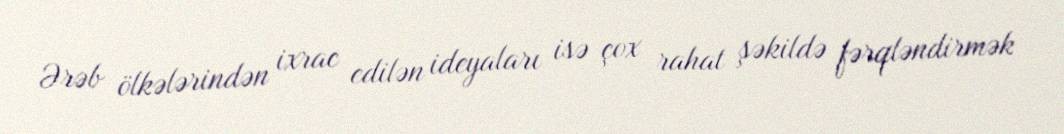
Ərəb ölkələrindən ixrac edilən ideyaları isə çox rahat şəkildə fərqləndirmək